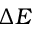
\Delta E